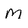
Character: M